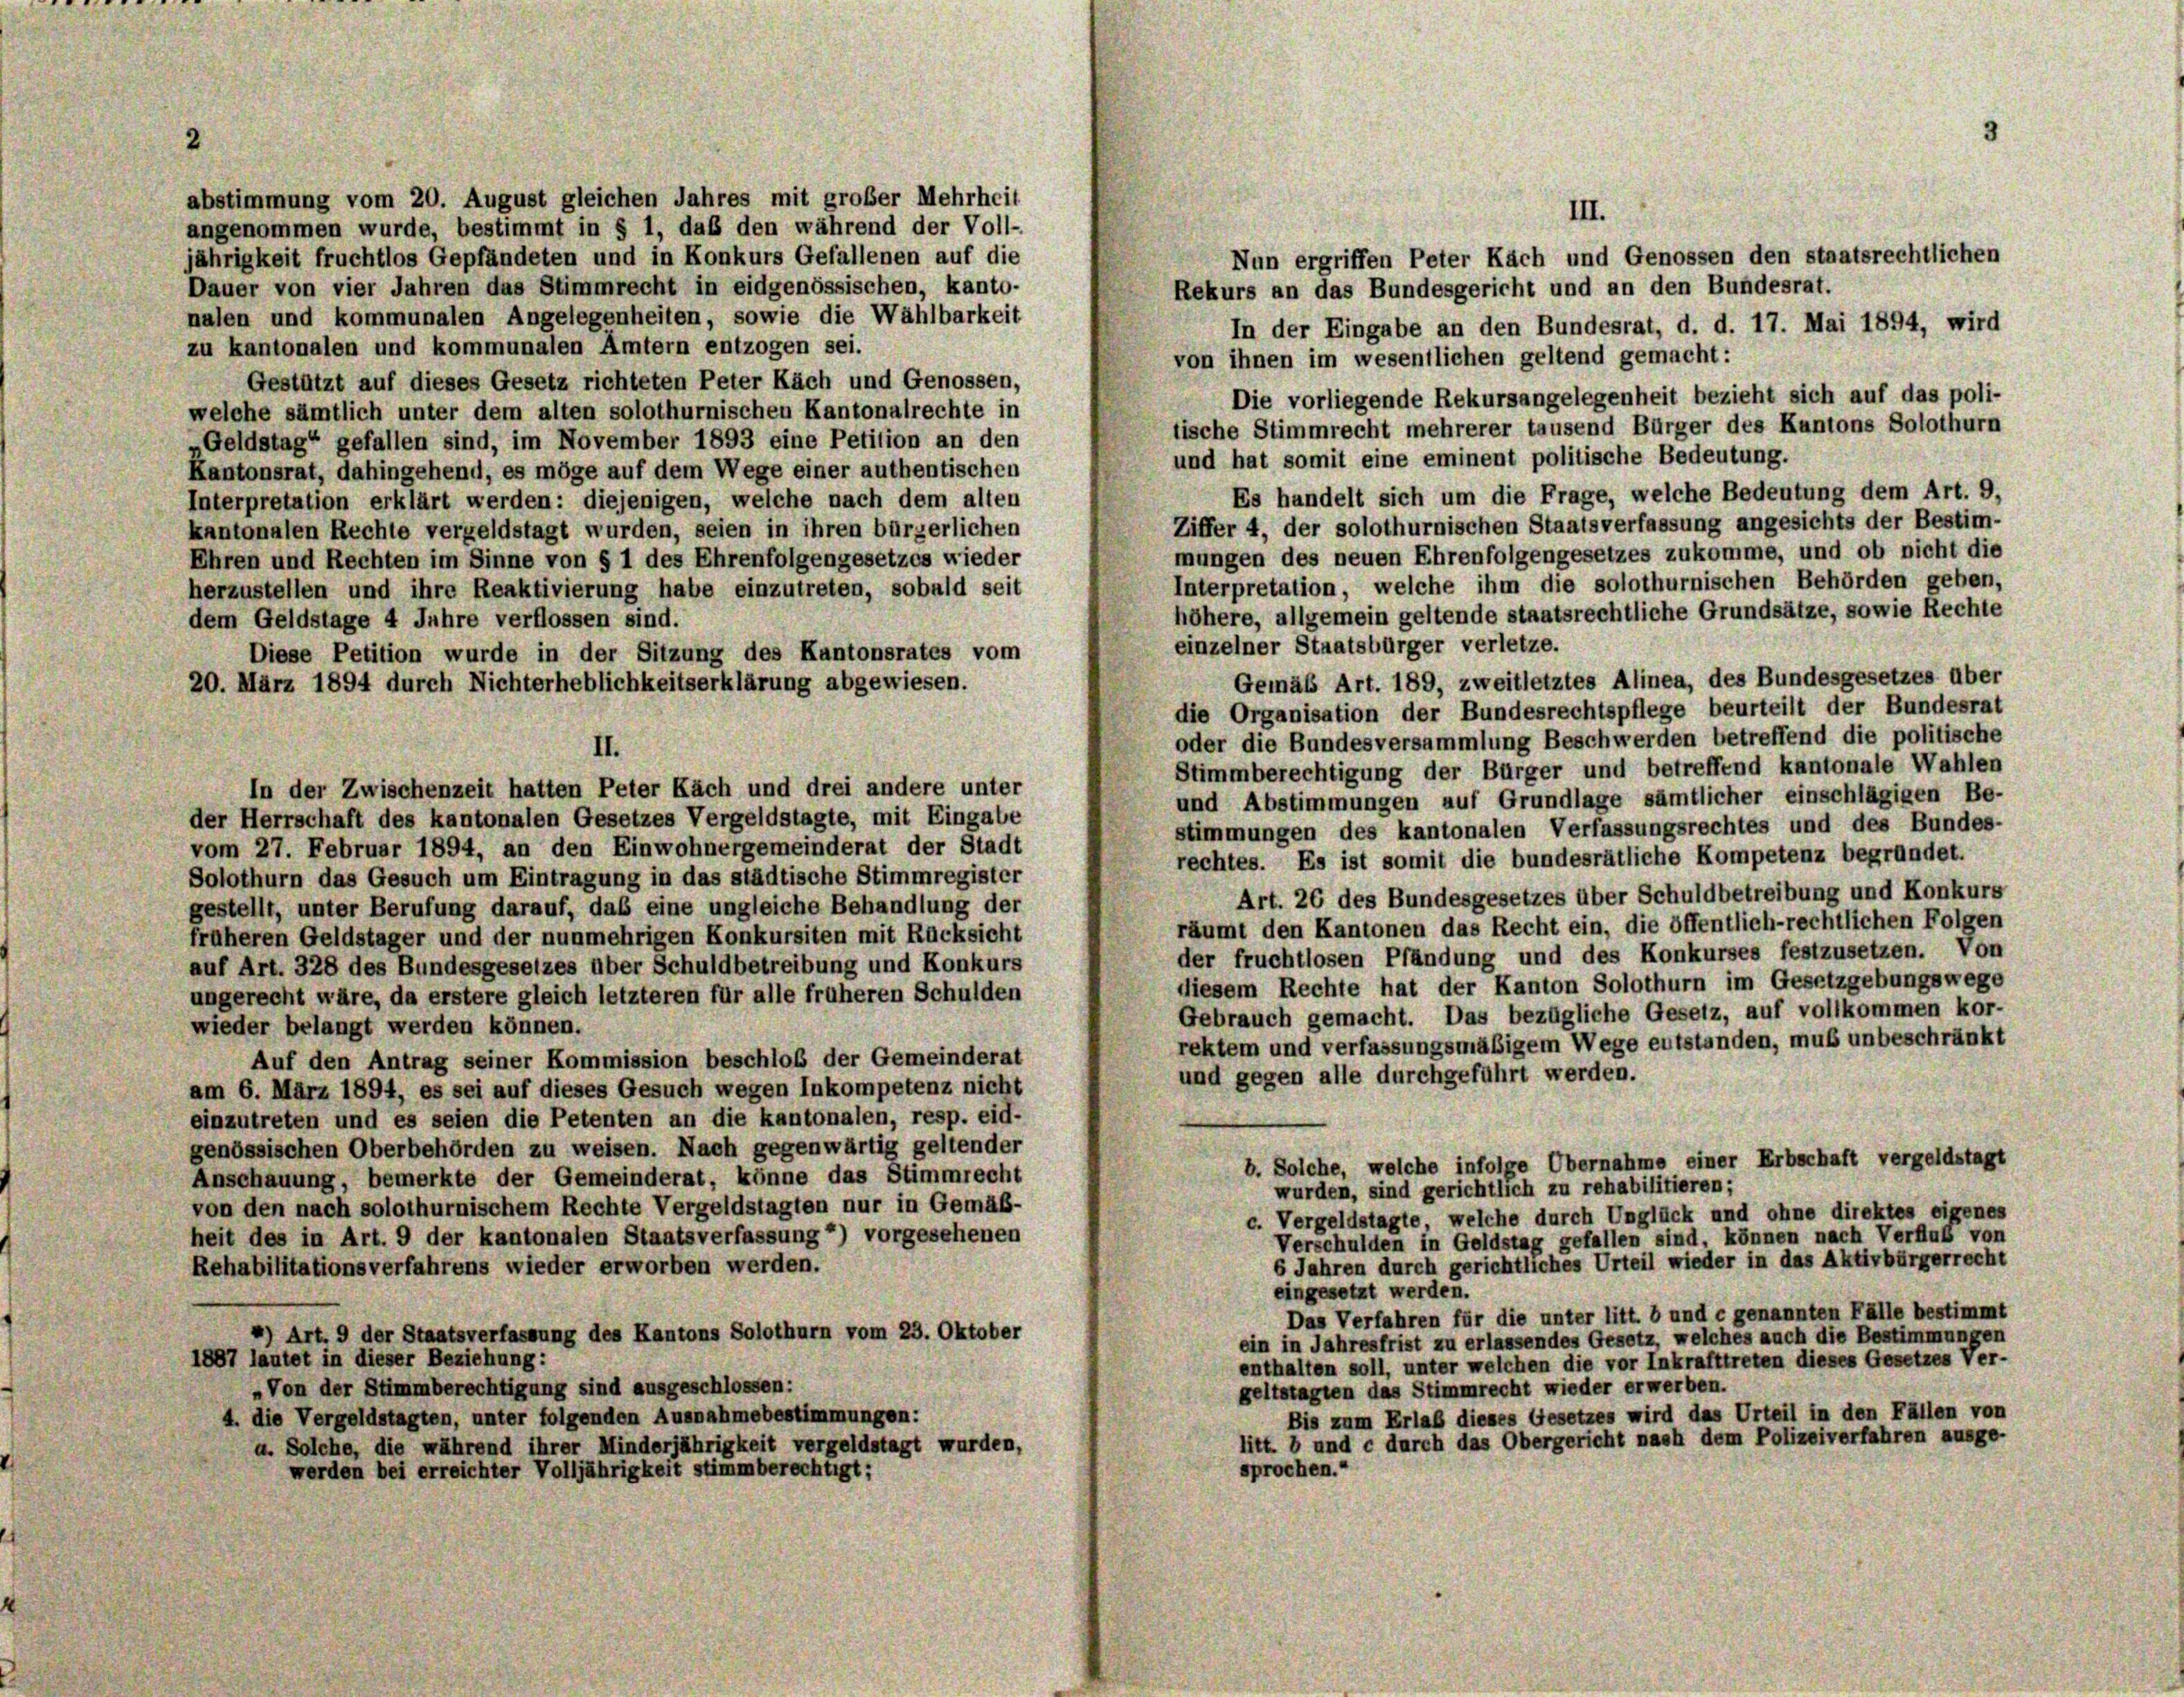
abstimmung vom 20. August gleichen Jahres mit großer Mehrheit
III.
angenommen wurde, bestimmt in § 1, daß den während der Voll-
ährigkeit fruchtlos Gepfändeten und in Konkurs Gefallenen auf die
Nun ergriffen Peter Kach und Genossen den staatsrechtlichen
Dauer von vier Jahren das Stimmrecht in eidgenössischen, kanto-
Rekurs an das Bundesgericht und an den Bundesrat.
nalen und kommunalen Angelegenheiten, sowie die Wählbarkeit
In der Eingabe an den Bundesrat, d. d. 17. Mai 1894, wird
zu kantonalen und kommunalen Ämtern entzogen sei.
von ihnen im wesentlichen geltend gemacht:
Gestützt auf dieses Gesetz richteten Peter Käch und Genossen,
Die vorliegende Rekursangelegenheit bezieht sich auf das poli-
welche sämtlich unter dem alten solothurnischen Kantonalrechte in
tische Stimmrecht mehrerer tausend Bürger des Kantons Solothurn
Geldstag“ gefallen sind, im November 1893 eine Petition an den
und hat somit eine eminent politische Bedeutung.
Kantonsrat, dahingehend, es möge auf dem Wege einer authentischen
Es handelt sich um die Frage, welche Bedeutung dem Art. 9,
Interpretation erklärt werden: diejenigen, welche nach dem alten
Ziffer 4, der solothurnischen Staatsverfassung angesichts der Bestim-
kantonalen Rechte vergeldstagt wurden, seien in ihren bürgerlichen
mungen des neuen Ehrenfolgengesetzes zukomme, und ob nicht die
Ehren und Rechten im Sinne von § 1 des Ehrenfolgengesetzes wieder
Interpretation, welche ihm die solothurnischen Behörden geben,
herzustellen und ihre Reaktivierung habe einzutreten, sobald seit
höhere, allgemein geltende staatsrechtliche Grundsätze, sowie Rechte
dem Geldstage 4 Jahre verflossen sind.
einzelner Staatsbürger verletze.
Diese Petition wurde in der Sitzung des Kantonsrates vom
Gemäß Art. 189, zweitletztes Alinea, des Bundesgesetzes über
20. März 1894 durch Nichterheblichkeitserklärung abgewiesen.
die Organisation der Bundesrechtspflege beurteilt der Bundesrat
oder die Bundesversammlung Beschwerden betreffend die politische
Stimmberechtigung der Bürger und betreffend kantonale Wahlen
In der Zwischenzeit hatten Peter Kach und drei andere unter
und Abstimmungen auf Grundlage sämtlicher einschlägigen Be-
der Herrschaft des kantonalen Gesetzes Vergeldstagte, mit Eingabe
stimmungen des kantonalen Verfassungsrechtes und des Bundes-
vom 27. Februar 1894, an den Einwohnergemeinderat der Stadt
rechtes. Es ist somit die bundesrätliche Kompetenz begründet.
Solothurn das Gesuch um Eintragung in das städtische Stimmregister
Art. 26 des Bundesgesetzes über Schuldbetreibung und Konkurs
gestellt, unter Berufung darauf, daß eine ungleiche Behandlung der
räumt den Kantonen das Recht ein, die öffentlich-rechtlichen Folgen
früheren Geldstager und der nunmehrigen Konkursiten mit Rücksicht
der fruchtlosen Pfändung und des Konkurses festzusetzen. Von
auf Art. 328 des Bundesgesetzes über Schuldbetreibung und Konkurs
diesem Rechte hat der Kanton Solothurn im Gesetzgebungswege
ungerecht wäre, da erstere gleich letzteren für alle früheren Schulden
Gebrauch gemacht. Das bezügliche Gesetz, auf vollkommen kor-
wieder belangt werden können.
rektem und verfassungsmäßigem Wege entstanden, muß unbeschränkt
Auf den Antrag seiner Kommission beschloß der Gemeinderat
und gegen alle durchgeführt werden.
am 6. März 1894, es sei auf dieses Gesuch wegen Inkompetenz nicht
einzutreten und es seien die Petenten an die kantonalen, resp. eid-
genössischen Oberbehörden zu weisen. Nach gegenwärtig geltender
b. Solche, welche infolge Übernahme einer Erbschaft vergeldstagt
Anschauung, bemerkte der Gemeinderat, könne das Stimmrecht
wurden, sind gerichtlich zu rehabilitieren;
von den nach solothurnischem Rechte Vergeldstagten nur in Gemäß-
c. Vergeldstagte, welche durch Unglück und ohne direktes eigenes
heit des in Art. 9 der kantonalen Staatsverfassung) vorgesehenen
Verschulden in Geldstag gefallen sind, können nach Verfluß von
6 Jahren durch gerichtliches Urteil wieder in das Aktivbürgerrecht
Rehabilitationsverfahrens wieder erworben werden.
eingesetzt werden.
Das Verfahren für die unter litt. b und e genannten Fälle bestimmt
*) Art. 9 der Staatsverfassung des Kantons Solothurn vom 23. Oktober
ein in Jahresfrist zu erlassendes Gesetz, welches auch die Bestimmungen
1887 lautet in dieser Beziehung:
enthalten soll, unter welchen die vor Inkrafttreten dieses Gesetzes Ver-
„Von der Stimmberechtigung sind ausgeschlossen:
geltstagten das Stimmrecht wieder erwerben.
Bis zum Erlaß dieses Gesetzes wird das Urteil in den Fällen von
4. die Vergeldstagten, unter folgenden Ausnahmebestimmungen:
litt. b und c durch das Obergericht nach dem Polizeiverfahren ausge-
a. Solche, die während ihrer Minderjährigkeit vergeldstagt wurden,
sprochen.“
werden bei erreichter Volljährigkeit stimmberechtigt;

II.